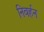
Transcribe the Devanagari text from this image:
निवर्हन